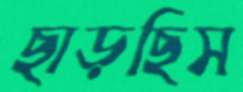
ছাড়ছিস